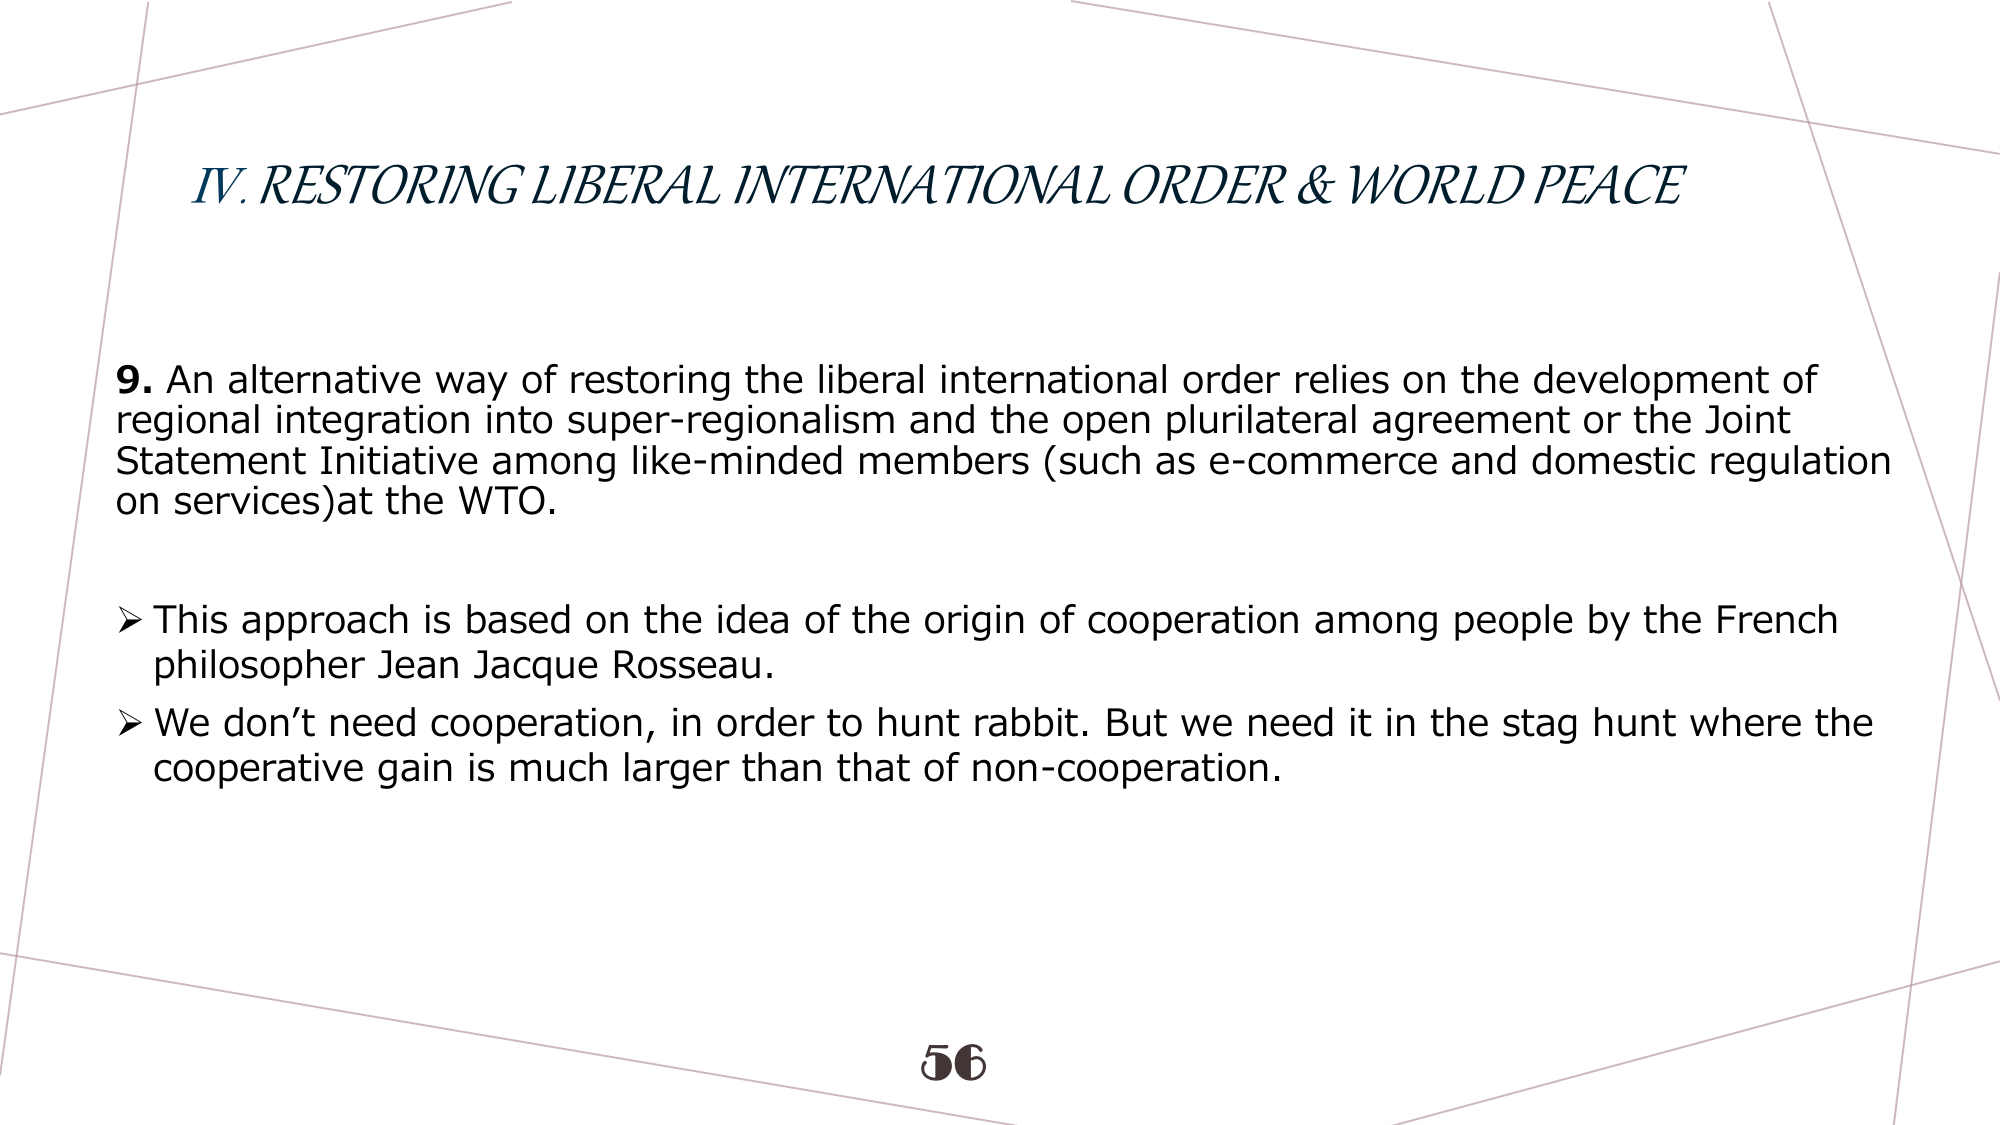
IV. RESTORING LIBERAL INTERNATIONAL ORDER & WORLD PEACE

9. An alternative way of restoring the liberal international order relies on the development of regional integration into super-regionalism and the open plurilateral agreement or the Joint Statement Initiative among like-minded members (such as e-commerce and domestic regulation on services) at the WTO.

➤ This approach is based on the idea of the origin of cooperation among people by the French philosopher Jean Jacque Rosseau.

➤ We don’t need cooperation, in order to hunt rabbit. But we need it in the stag hunt where the cooperative gain is much larger than that of non-cooperation.

56